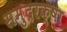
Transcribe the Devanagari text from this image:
समुद्ररक्षा